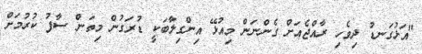
"އަޅުގަނޑު ދިވެހި ރާއްޖެއަށް ގެންނަން މިއުޅޭ އިންގިލާބަކީ ޑުރަގުން މިތަން ސާފު ކުރުމަށް